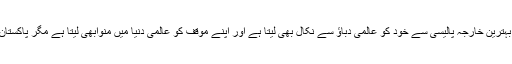
بھارت مسلسل پاکستان کے بردباد کرنے سازشیں کررہا ہے ، باوجود اس کے کہ وہ غلط ہے ، ایک بہترین خارجہ پالیسی سے خود کو عالمی دباﺅ سے نکال بھی لیتا ہے اور اپنے موقف کو عالمی دنیا میں منوابھی لیتا ہے مگر پاکستان اور اس کے حکمران آج تک دنیا میں اپنے موقف کی صحیح ترجمانی میں یکسر ناکام ہی ہوئے ہیں۔